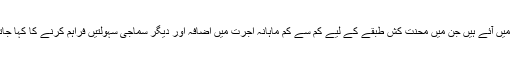
حالیہ برسوں میں ایسے کئی اعلانات اور اقدامات تو دیکھنے میں آئے ہیں جن میں محنت کش طبقے کے لیے کم سے کم ماہانہ اجرت میں اضافہ اور دیگر سماجی سہولتیں فراہم کرنے کا کہا جاتا رہا ہے لیکن حقیقت اب بھی کچھ اور منظر پیش کرتی ہے۔